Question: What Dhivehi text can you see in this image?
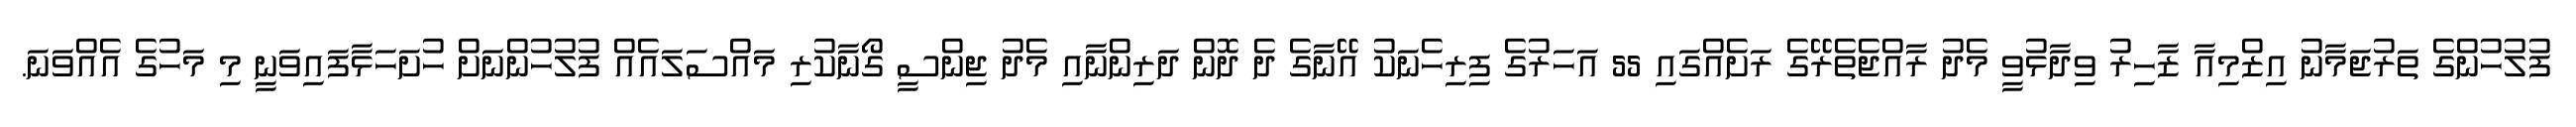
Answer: ފުލުހުންގެ ތަރުޖަމާނު އިޒްމިއާ ޒާހިރު ވިދާޅުވީ މެދު ރާއްޖެތެރޭގެ ރަށެއްގައި 55 އަހަރުގެ ފިރިހެނަކު އޭނާގެ ދެ ދޮން ދަރިންނާއި މެދު ޖިންސީ ގޯނާކުރި މައްސަލައެއް ފުލުހުންނަށް ހުށަހަޅާފައިވަނީ މި މަހުގެ އެއްވަނަ.